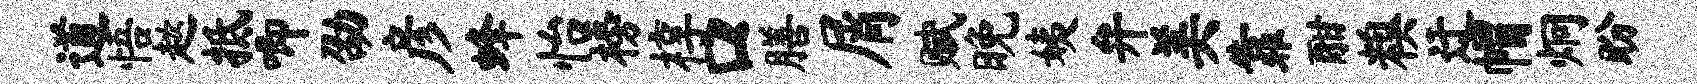
道悟趑抵唧劭彦蜂怡榜椁口膳屑赋晚姨弁美靠酣糗迂帽炯盼